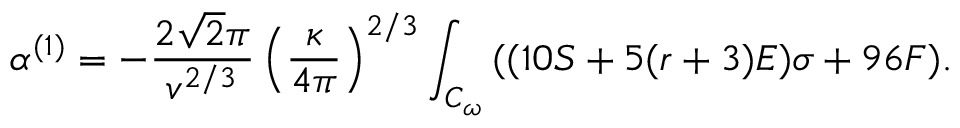
\alpha ^ { ( 1 ) } = - \frac { 2 \sqrt { 2 } \pi } { v ^ { 2 / 3 } } \left( \frac { \kappa } { 4 \pi } \right) ^ { 2 / 3 } \int _ { { \cal { C } } _ { \omega } } { ( ( 1 0 S + 5 ( r + 3 ) { \cal { E } } ) \sigma + 9 6 F ) } .